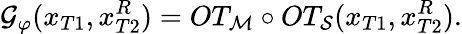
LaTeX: \mathcal{G}_{\varphi}(x_{T1},x_{T2}^{R})=OT_{\mathcal{M}}\circ OT_{\mathcal{S}}(x_{T1},x_{T2}^{R}).